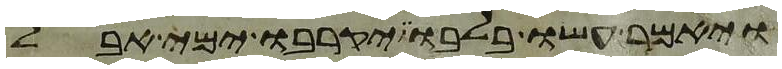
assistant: ויאמר עשו בלבו יקרבו ימי אבל